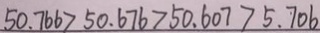
5 0 . 7 6 6 > 5 0 . 6 7 6 > 5 0 . 6 0 7 > 5 . 7 0 6